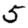
Digit: 5